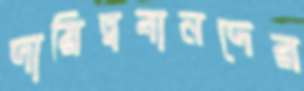
দায়িত্ববানদের